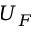
U _ { F }